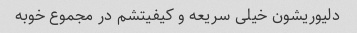
دلیوریشون خیلی سریعه و کیفیتشم در مجموع خوبه